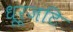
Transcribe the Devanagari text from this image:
धूर्जटि